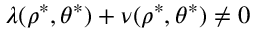
\lambda ( \rho ^ { \ast } , \theta ^ { \ast } ) + \nu ( \rho ^ { \ast } , \theta ^ { \ast } ) \neq 0